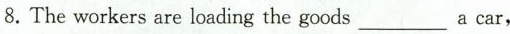
8.The workers are loading the goods___a car,